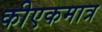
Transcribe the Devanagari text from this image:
कीएकमात्र